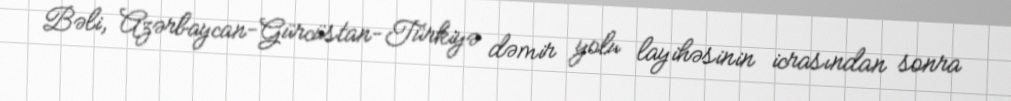
Bəli, Azərbaycan-Gürcüstan-Türkiyə dəmir yolu layihəsinin icrasından sonra